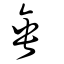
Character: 𠂹